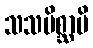
သသမိစ္ဆာမိ